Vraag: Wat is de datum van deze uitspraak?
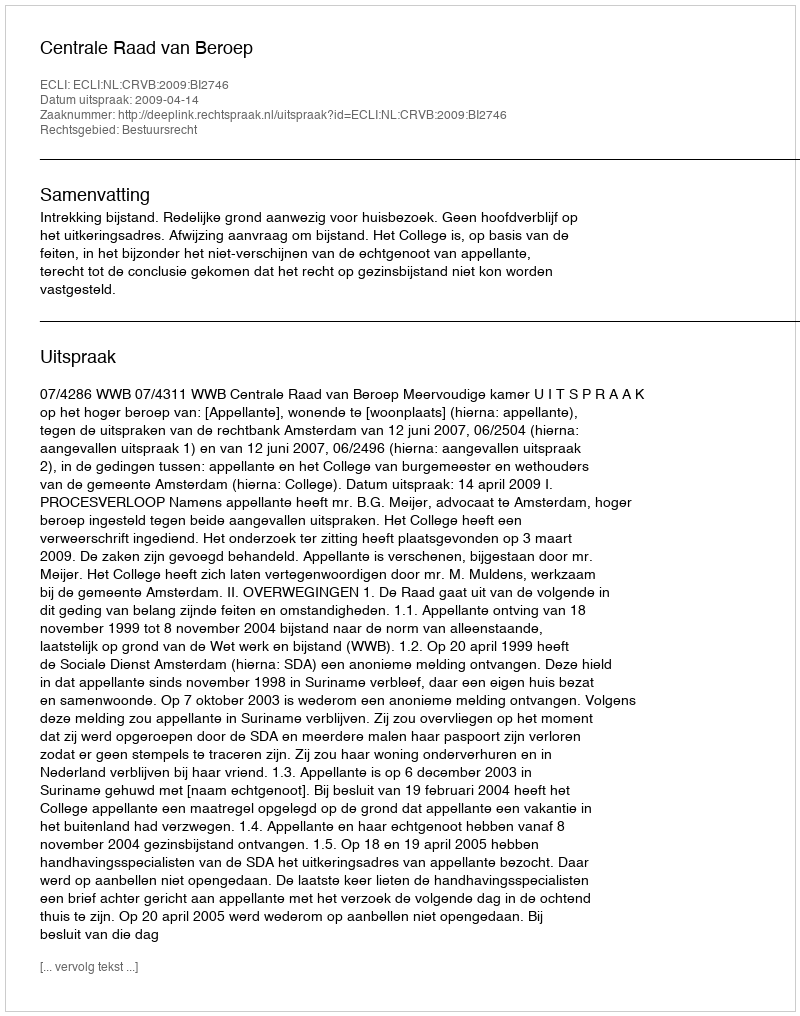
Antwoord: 2009-04-14